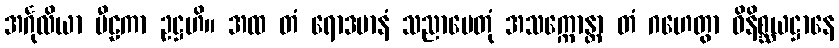
အင်္ဂုလိယာ ပီဠကာ ဥဋ္ဌဟိ။ အထ တံ ရောဒမာနံ သညာပေတုံ အသက္ကောန္တာ တံ ဂဟေတွာ ဝိနိစ္ဆယဋ္ဌာနေ